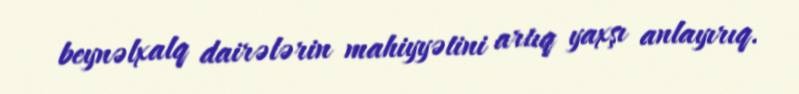
beynəlxalq dairələrin mahiyyətini artıq yaxşı anlayırıq.